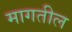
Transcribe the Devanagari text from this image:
मागतील